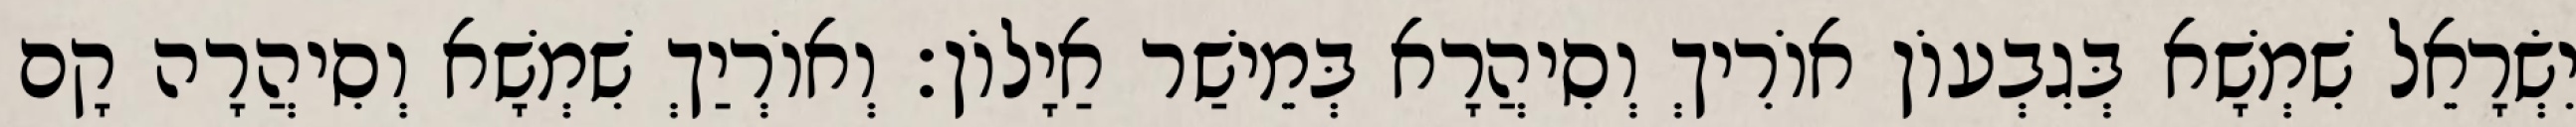
יִשְׂרָאֵל שִׁמְשָׁא בְּגִבְעוֹן אוֹרִיךְ וְסִיהֲרָא בְּמֵישַׁר אַיָלוֹן׃ וְאוֹרְיַךְ שִׁמְשָׁא וְסִיהֲרָה קָם